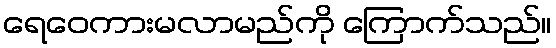
ရေဝေကားမလာမည်ကို ကြောက်သည်။